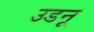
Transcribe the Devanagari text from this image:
उडनू